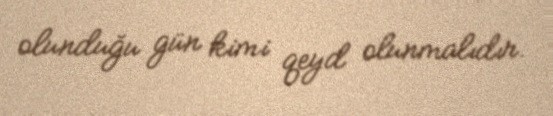
olunduğu gün kimi qeyd olunmalıdır.